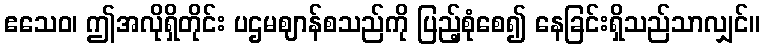
ဧသေဝ၊ ဤအလိုရှိတိုင်း ပဌမဈာန်စသည်ကို ပြည့်စုံစေ၍ နေခြင်းရှိသည်သာလျှင်။